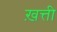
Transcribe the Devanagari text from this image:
ख़त्ती